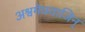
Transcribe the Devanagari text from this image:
अश्वमेघयाजिन्